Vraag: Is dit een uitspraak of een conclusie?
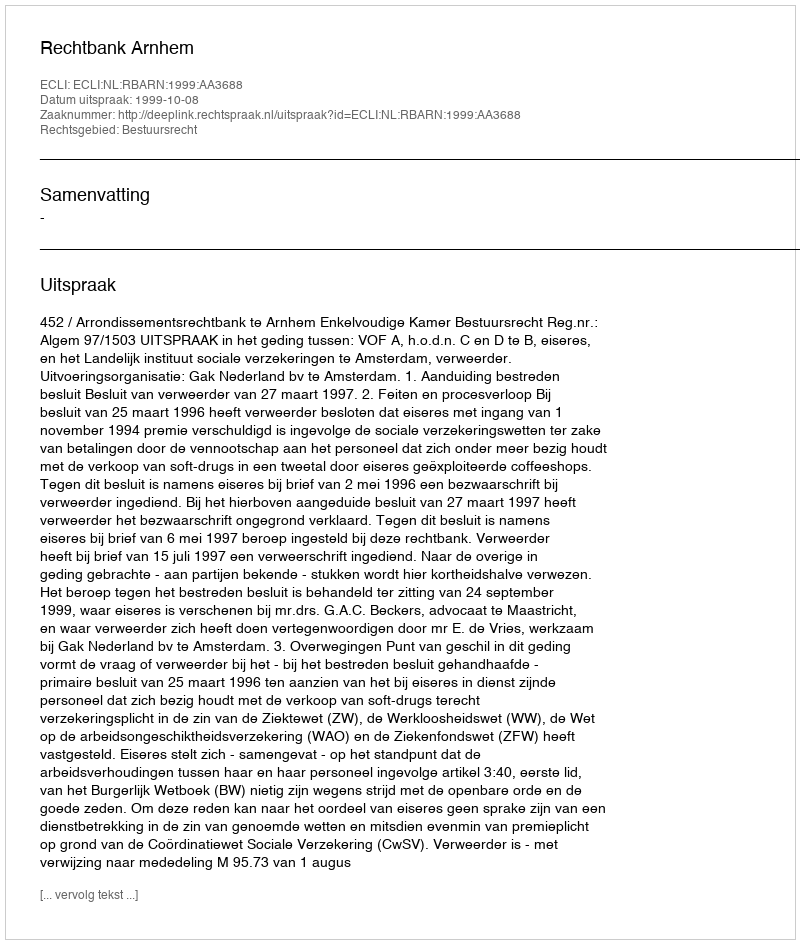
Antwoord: Uitspraak